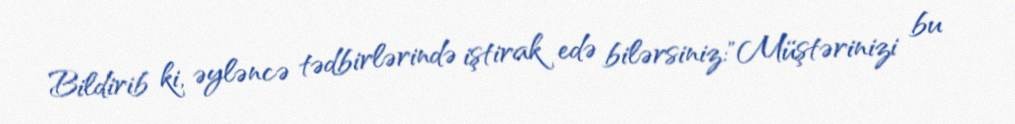
Bildirib ki, əyləncə tədbirlərində iştirak edə bilərsiniz:"Müştərinizi bu